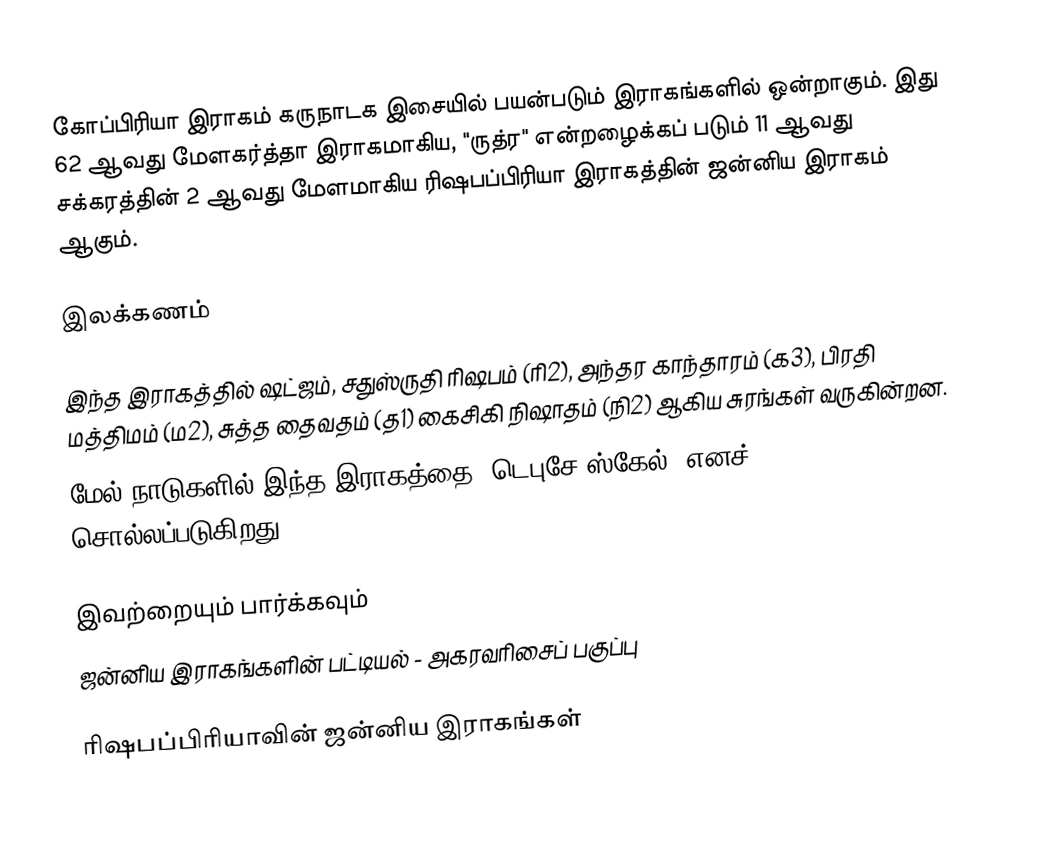
கோப்பிரியா இராகம் கருநாடக இசையில் பயன்படும் இராகங்களில் ஒன்றாகும். இது 62 ஆவது மேளகர்த்தா இராகமாகிய, "ருத்ர" என்றழைக்கப் படும் 11 ஆவது சக்கரத்தின் 2 ஆவது மேளமாகிய ரிஷபப்பிரியா இராகத்தின் ஜன்னிய இராகம் ஆகும்.

இலக்கணம்

இந்த இராகத்தில் ஷட்ஜம், சதுஸ்ருதி ரிஷபம் (ரி2),  அந்தர காந்தாரம் (க3), பிரதி மத்திமம் (ம2), சுத்த தைவதம் (த1) கைசிகி நிஷாதம்  (நி2) ஆகிய சுரங்கள் வருகின்றன.
மேல் நாடுகளில் இந்த இராகத்தை "டெபுசே ஸ்கேல்" எனச் சொல்லப்படுகிறது.

இவற்றையும் பார்க்கவும்
 ஜன்னிய இராகங்களின் பட்டியல் - அகரவரிசைப் பகுப்பு

ரிஷபப்பிரியாவின் ஜன்னிய இராகங்கள்